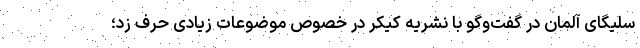
سلیگای آلمان در گفت‌وگو با نشریه کیکر در خصوص موضوعات زیادی حرف زد؛